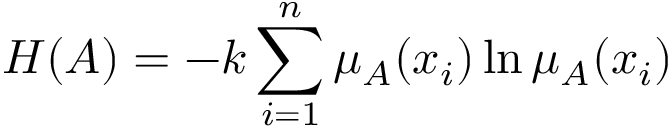
H ( A ) = - k \sum _ { i = 1 } ^ { n } \mu _ { A } ( x _ { i } ) \ln \mu _ { A } ( x _ { i } )